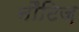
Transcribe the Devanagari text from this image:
नौटिज़